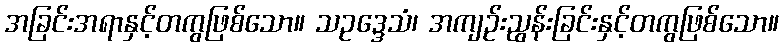
အခြင်းအရာနှင့်တကွဖြစ်သော။ သဥဒ္ဒေသံ၊ အကျဉ်းညွန်းခြင်းနှင့်တကွဖြစ်သော။